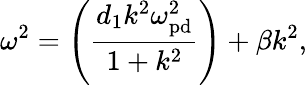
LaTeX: \omega^{2}=\left(\frac{d_{1}k^{2}\omega_{\mathrm{pd}}^{2}}{1+{k^{2}}}\right)+\beta k^{2},